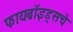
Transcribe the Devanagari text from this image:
फायब्रॉइड्सचे